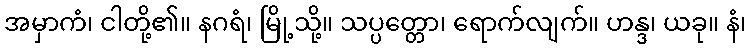
အမှာကံ၊ ငါတို့၏။ နဂရံ၊ မြို့သို့။ သပ္ပတ္တော၊ ရောက်လျက်။ ဟန္ဒ၊ ယခု။ နံ၊